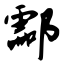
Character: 酃